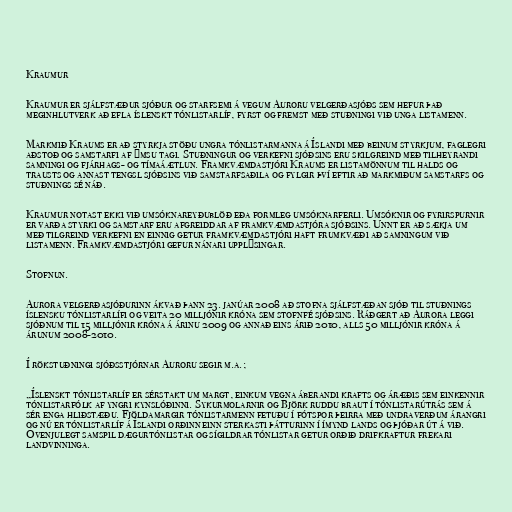
Kraumur

Kraumur er sjálfstæður sjóður og starfsemi á vegum Auroru velgerðasjóðs sem hefur það
meginhlutverk að efla íslenskt tónlistarlíf, fyrst og fremst með stuðningi við unga listamenn.

Markmið Kraums er að styrkja stöðu ungra tónlistarmanna á Íslandi með beinum styrkjum, faglegri
aðstoð og samstarfi af ýmsu tagi. Stuðningur og verkefni sjóðsins eru skilgreind með tilheyrandi
samningi og fjárhags- og tímaáætlun. Framkvæmdastjóri Kraums er listamönnum til halds og
trausts og annast tengsl sjóðsins við samstarfsaðila og fylgir því eftir að markmiðum samstarfs og
stuðnings sé náð.

Kraumur notast ekki við umsóknareyðublöð eða formleg umsóknarferli. Umsóknir og fyrirspurnir
er varða styrki og samstarf eru afgreiddar af framkvæmdastjóra sjóðsins. Unnt er að sækja um
með tilgreind verkefni en einnig getur framkvæmdastjóri haft frumkvæði að samningum við
listamenn. Framkvæmdastjóri gefur nánari upplýsingar.

Stofnun.

Aurora velgerðasjóðurinn ákvað þann 23. janúar 2008 að stofna sjálfstæðan sjóð til stuðnings
íslensku tónlistarlífi og veita 20 milljónir króna sem stofnfé sjóðsins. Ráðgert að Aurora leggi
sjóðnum til 15 milljónir króna á árinu 2009 og annað eins árið 2010, alls 50 milljónir króna á
árunum 2008-2010.

Í rökstuðningi sjóðsstjórnar Auroru segir m.a.;

„Íslenskt tónlistarlíf er sérstakt um margt, einkum vegna áberandi krafts og áræðis sem einkennir
tónlistarfólk af yngri kynslóðinni. Sykurmolarnir og Björk ruddu braut í tónlistarútrás sem á
sér enga hliðstæðu. Fjöldamargir tónlistarmenn fetuðu í fótspor þeirra með undraverðum árangri
og nú er tónlistarlíf á Íslandi orðinn einn sterkasti þátturinn í ímynd lands og þjóðar út á við.
Óvenjulegt samspil dægurtónlistar og sígildrar tónlistar getur orðið drifkraftur frekari
landvinninga.